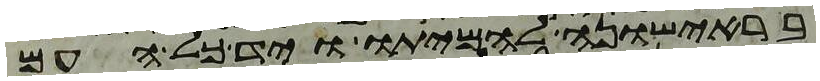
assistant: בראישונה להמיתו ויד כל העם